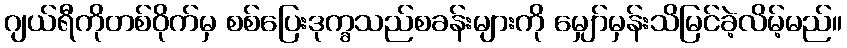
ဂျယ်ရီကိုတစ်ဝိုက်မှ စစ်ပြေးဒုက္ခသည်စခန်းများကို မျှော်မှန်းသိမြင်ခဲ့လိမ့်မည်။